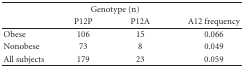
<table><thead><tr><td></td><td colspan="2"><b>Genotype (n)</b></td><td></td></tr><tr><td></td><td><b>P12P</b></td><td><b>P12A</b></td><td><b>A12 frequency</b></td></tr></thead><tbody><tr><td>Obese</td><td>106</td><td>15</td><td>0.066</td></tr><tr><td>Nonobese</td><td>73</td><td>8</td><td>0.049</td></tr><tr><td>All subjects</td><td>179</td><td>23</td><td>0.059</td></tr></tbody></table>